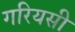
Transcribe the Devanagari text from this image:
गरियसी